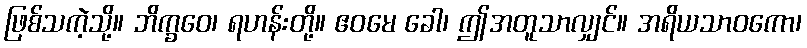
ဖြစ်သကဲ့သို့။ ဘိက္ခဝေ၊ ရဟန်းတို့။ ဧဝမေ ခေါ၊ ဤအတူသာလျှင်။ အရိယသာဝကော၊